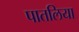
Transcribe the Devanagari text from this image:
पातलिया